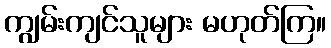
ကျွမ်းကျင်သူများ မဟုတ်ကြ။